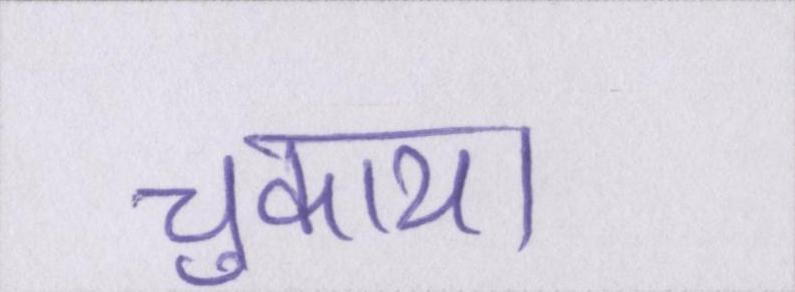
चुकाया